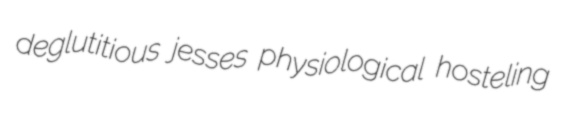
deglutitious jesses physiological hosteling